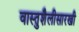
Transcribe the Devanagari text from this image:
वास्तुशैलीसारखी